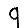
Digit: 9